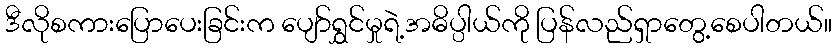
ဒီလိုစကားပြောပေးခြင်းက ပျော်ရွှင်မှုရဲ့အဓိပ္ပါယ်ကို ပြန်လည်ရှာတွေ့စေပါတယ်။